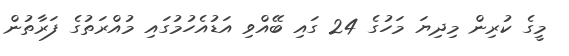
މީގެ ކުރިން މިދިޔަ މަހުގެ 24 ގައި ބޭއްވި އަޑުއެހުމުގައި މުއްރަތުގެ ފަރާތުން